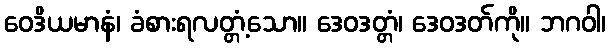
ဝေဒိယမာနံ၊ ခံစားရလတ္တံ့သော။ ဒေဝဒတ္တံ၊ ဒေဝဒတ်ကို။ ဘဂဝါ၊